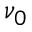
\nu _ { 0 }